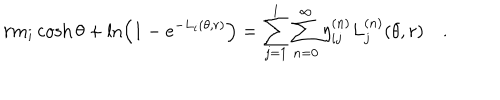
r m _ { i } \cosh \theta + \ln \left( 1 - e ^ { - L _ { i } ( \theta , r ) } \right) = \sum _ { j = 1 } ^ { l } \sum _ { n = 0 } ^ { \infty } \eta _ { i j } ^ { ( n ) } L _ { j } ^ { ( n ) } ( \theta , r ) \quad .